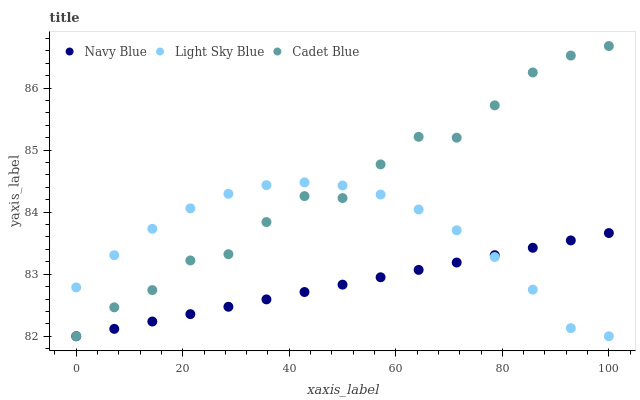
| xaxis_label | Navy Blue | Light Sky Blue | Cadet Blue |
 | --- | --- | --- | --- |
 | 0 | 82 | 82.8 | 82 |
 | 7.14 | 82.1 | 83.3 | 82.5 |
 | 14.3 | 82.2 | 83.7 | 82.7 |
 | 21.4 | 82.4 | 84.1 | 83.2 |
 | 28.6 | 82.5 | 84.3 | 83.3 |
 | 35.7 | 82.6 | 84.4 | 83.8 |
 | 42.9 | 82.7 | 84.5 | 84.3 |
 | 50 | 82.8 | 84.4 | 84.2 |
 | 57.1 | 83 | 84.3 | 84.8 |
 | 64.3 | 83.1 | 84 | 85.2 |
 | 71.4 | 83.2 | 83.7 | 85.2 |
 | 78.6 | 83.3 | 83.3 | 85.7 |
 | 85.7 | 83.4 | 82.8 | 86.3 |
 | 92.9 | 83.5 | 82.1 | 86.5 |
 | 100 | 83.7 | 82 | 86.7 |